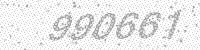
Solution: 990661